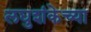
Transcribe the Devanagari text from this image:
लघुशंकेच्या